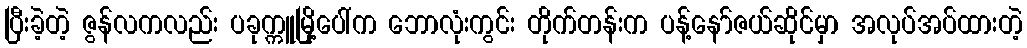
ပြီးခဲ့တဲ့ ဇွန်လကလည်း ပခုက္ကူမြို့ပေါ်က ဘောလုံးကွင်း တိုက်တန်းက ပန့်နော်ဇယ်ဆိုင်မှာ အလုပ်အပ်ထားတဲ့